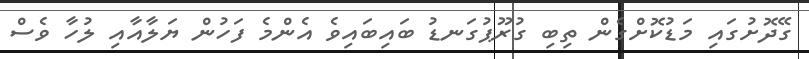
ގޭދޮށުގައި މަޑުކޮށްގެން ތިބި ގުރޫޕުގަނޑު ބައިބައިވެ އެންމެ ފަހުން ޔަލާއާއި ލުހާ ވެސް